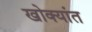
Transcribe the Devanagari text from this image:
खोक्यांत